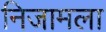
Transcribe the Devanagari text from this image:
निजामला